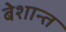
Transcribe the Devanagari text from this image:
बेशान्त